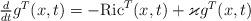
LaTeX: \begin{align*}\begin{array}[c]{c}\frac{d}{dt}g^{T}(x,t)=-\mathrm{Ric}^{T}(x,t)+\varkappa g^{T}(x,t)\end{array}\end{align*}